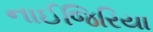
નાઈજિરિયા